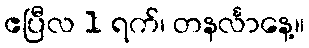
ဧပြီလ 1 ရက်၊ တနင်္လာနေ့။